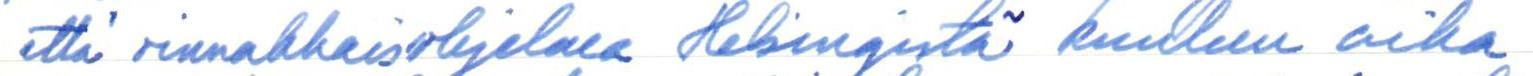
että rinnakkaisohjelma Helsingistä kuuluu aika